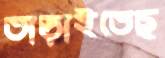
তাড়াইতেছ